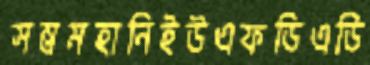
সম্ভ্রমহানিইউএফডিএডি